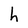
Character: h